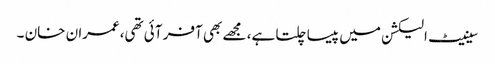
سینیٹ الیکشن میں پیسا چلتا ہے، مجھے بھی آفر آئی تھی،عمران خان ۔